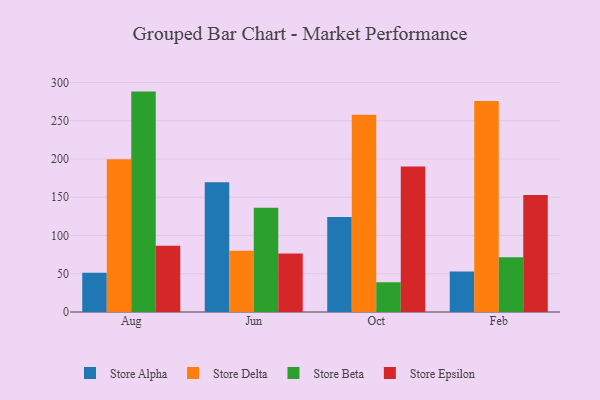
{"axis": {"x": "Month", "y": "Headcount"}, "legend": ["Store Alpha", "Store Beta", "Store Delta", "Store Epsilon"], "data": [{"x": "Aug", "y": 51.3, "type": "Store Alpha"}, {"x": "Aug", "y": 199.7, "type": "Store Delta"}, {"x": "Aug", "y": 288.1, "type": "Store Beta"}, {"x": "Aug", "y": 86.5, "type": "Store Epsilon"}, {"x": "Jun", "y": 169.7, "type": "Store Alpha"}, {"x": "Jun", "y": 80.0, "type": "Store Delta"}, {"x": "Jun", "y": 136.3, "type": "Store Beta"}, {"x": "Jun", "y": 76.5, "type": "Store Epsilon"}, {"x": "Oct", "y": 124.1, "type": "Store Alpha"}, {"x": "Oct", "y": 257.8, "type": "Store Delta"}, {"x": "Oct", "y": 38.9, "type": "Store Beta"}, {"x": "Oct", "y": 190.3, "type": "Store Epsilon"}, {"x": "Feb", "y": 52.9, "type": "Store Alpha"}, {"x": "Feb", "y": 275.9, "type": "Store Delta"}, {"x": "Feb", "y": 71.7, "type": "Store Beta"}, {"x": "Feb", "y": 153.1, "type": "Store Epsilon"}]}